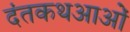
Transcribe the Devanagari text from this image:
दंतकथआओं